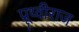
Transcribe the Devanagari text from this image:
प्रूथ्‍वीराज